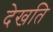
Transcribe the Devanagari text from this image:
देखति